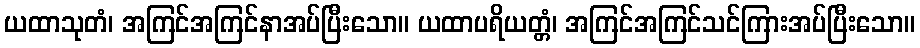
ယထာသုတံ၊ အကြင်အကြင်နာအပ်ပြီးသော။ ယထာပရိယတ္တံ၊ အကြင်အကြင်သင်ကြားအပ်ပြီးသော။